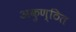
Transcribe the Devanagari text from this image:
अकुण्ठित